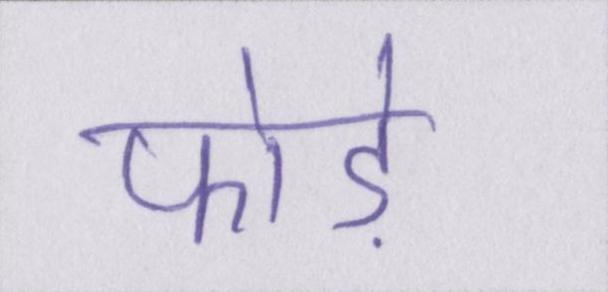
फोड़े